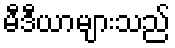
မီဒီယာများသည်